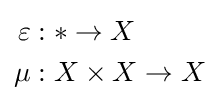
{\begin{aligned}\varepsilon &:*\to X\\\mu &:X\times X\to X\end{aligned}}